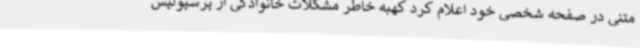
متنی در صفحه شخصی خود اعلام کرد کهبه خاطر مشکلات خانوادگی از پرسپولیس